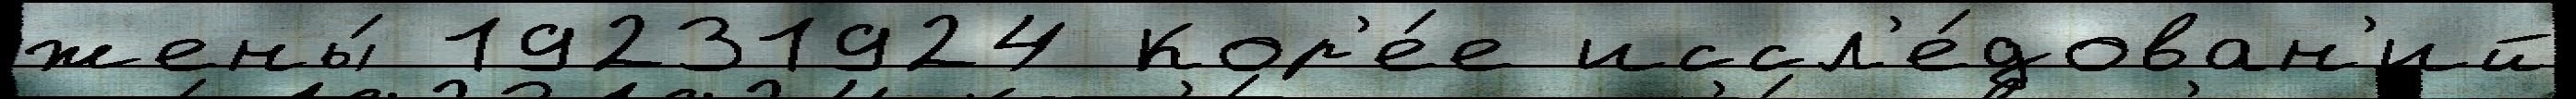
жены́ 19231924 Кор'е́е иссл'е́дован'ий